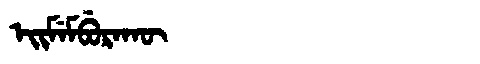
Manchu: ᡝᡳᠮᡝᠮᠪᡠᡵᠠᡴᡡ
Romanization: EIMEMBURAKŪ